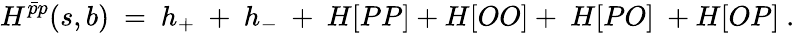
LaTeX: H^{\bar{p}p}(s,b)\ =\ h_{+}\ +\ h_{-}\ +\ H[PP]+H[OO]+\ H[PO]\ +H[OP]\ .